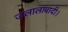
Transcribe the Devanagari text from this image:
जलालाबादी।